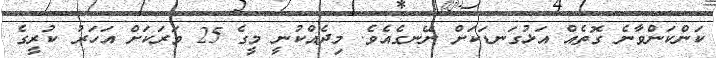
ކަންކަންވާނެ ގޮތެއް އަޅުގަނޑަކަށް ނޭނގެއެވެ. މިދެއްކުނީ މީގެ 25 ވަރަކަށް އަހަރު ކުރީގެ